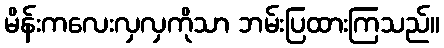
မိန်းကလေးလှလှကိုသာ ဘမ်းပြထားကြသည်။